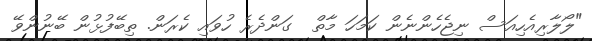
"ލޯލާރިއެހިއަސް ނިޖެހެންނެން ކަމަހަ މާތް  ގަންދެރެ ހުވައި ކެރަން. ތިބޭފުޅުން ބޭނުންވޭ